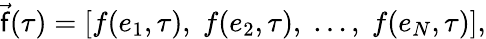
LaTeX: \vec{\mathsf{f}}(\tau)=\left[f(e_{1},\tau),\; f(e_{2},\tau),\; \ldots,\; f(e_{N},\tau)\right],